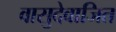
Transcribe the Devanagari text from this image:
वासुदेवाजित